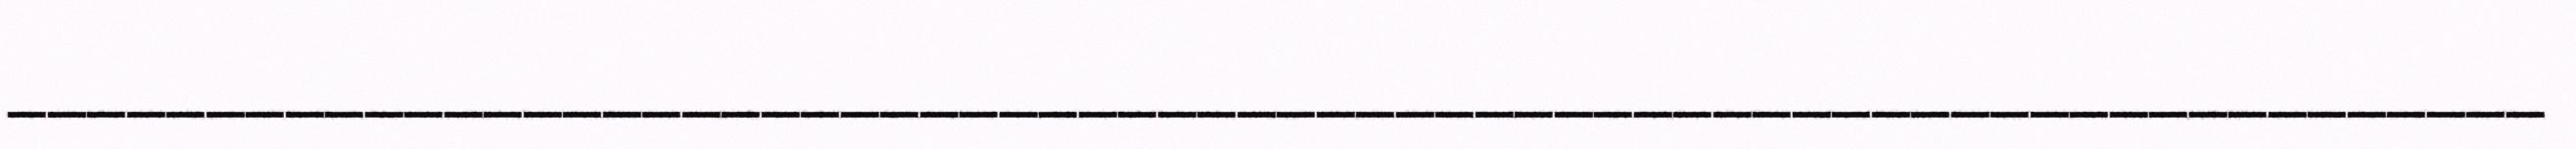
________________________________________________________________